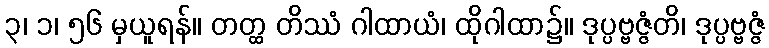
၃၊ ၁၊ ၅၆ မှယူရန်။ တတ္ထ တိဿံ ဂါထာယံ၊ ထိုဂါထာ၌။ ဒုပ္ပဗ္ဗဇ္ဇံတိ၊ ဒုပ္ပဗ္ဗဇ္ဇံ